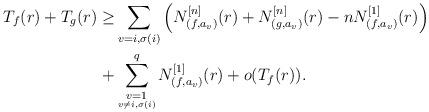
LaTeX: \begin{align*}T_f(r)+T_g(r)\ge &\sum_{v=i,\sigma (i)}\left ( N^{[n]}_{(f,a_v)}(r)+N^{[n]}_{(g,a_v)}(r)-nN^{[1]}_{(f,a_v)}(r) \right )\\+ &\sum_{\underset{v\ne i,\sigma (i)}{v=1}}^{q}N^{[1]}_{(f,a_v)}(r)+o(T_f(r)).\end{align*}